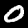
Digit: 0